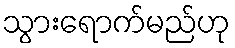
သွားရောက်မည်ဟု